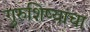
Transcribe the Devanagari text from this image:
गुरुशिष्यांचा